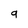
Character: 9